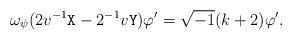
LaTeX: \begin{align*} \omega_\psi(2 v^{-1} \mathtt{X} - 2^{-1} v \mathtt{Y}) \varphi' = \sqrt{-1} (k+2) \varphi'.\end{align*}